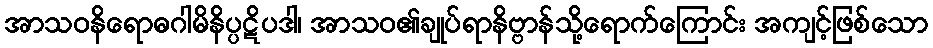
အာသဝနိရောဓဂါမိနိပ္ပဋိပဒါ၊ အာသဝ၏ချုပ်ရာနိဗ္ဗာန်သို့ရောက်ကြောင်း အကျင့်ဖြစ်သော